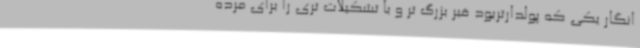
انگار یکی که پولدارتربود قبر بزرگ تر و با تشکیلات تری را برای مرده